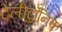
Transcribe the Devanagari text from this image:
टेलीट्रॉनिक